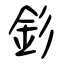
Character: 釤